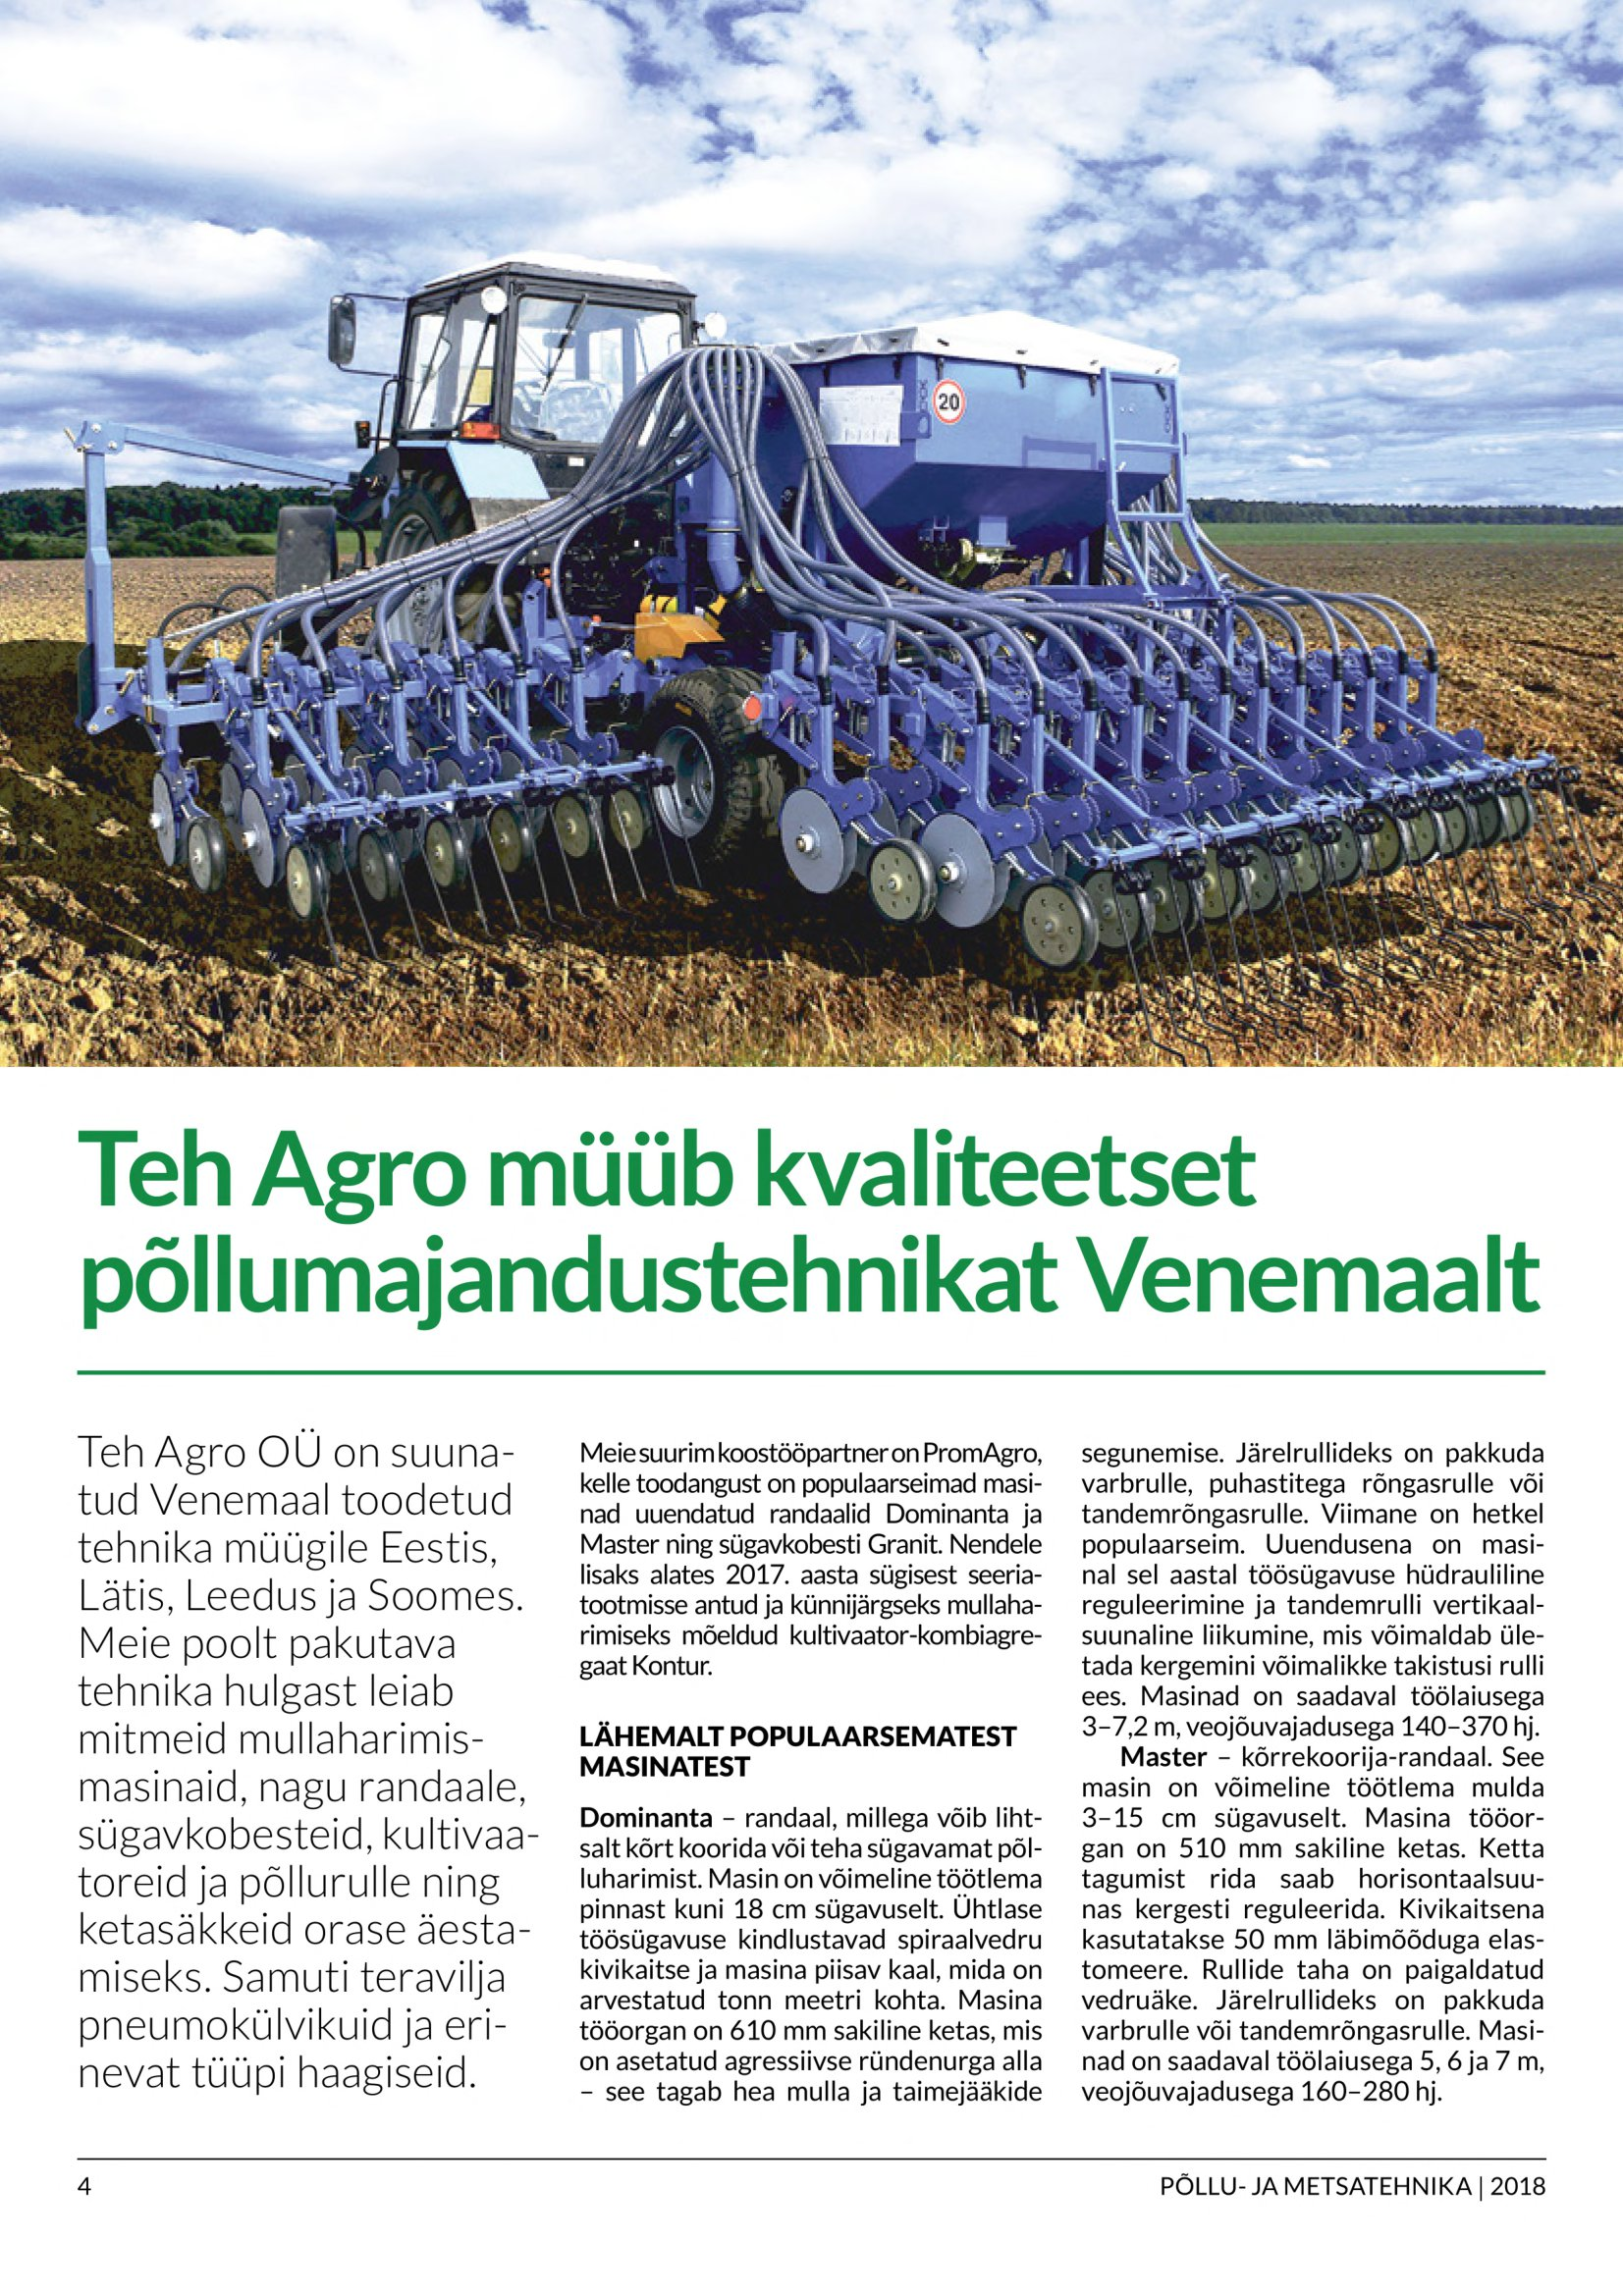
Language: et